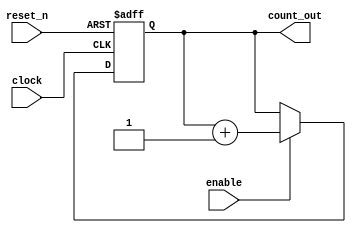
module  counter16b( count_out, enable, reset_n, clock);
   
 input enable, reset_n, clock;
 output [15:0] count_out;
 reg [15:0] count_out;
   
 always @ (posedge clock or negedge reset_n)
   begin
      if (!reset_n)
	count_out<=16'd0;
      else if (enable)
	count_out<=count_out+1;
   end
endmodule